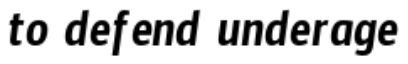
to defend underage